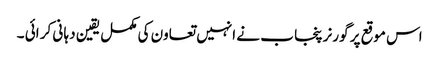
اس موقع پر گورنر پنجا ب نے انہیں تعاون کی مکمل یقین دہا نی کر ائی ۔